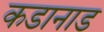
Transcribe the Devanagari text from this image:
कडानाड